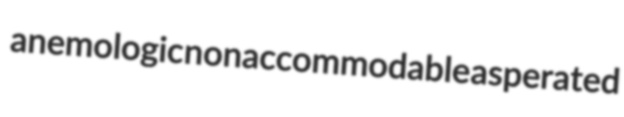
anemologic nonaccommodable asperated